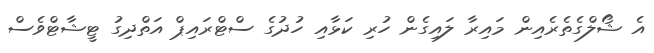
އެ ޝޯލްގެތެރެއިން މައިރާ ލައިގެން ހުރި ކަޅާއި ހުދުގެ ސްޓްރައިޕް އަތްދިގު ޓީޝާޓްވެސް